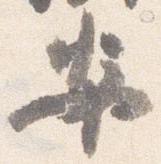
安